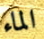
الماء